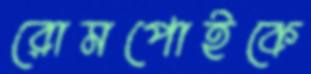
রোমপোইকে